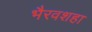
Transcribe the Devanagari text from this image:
भैरवशहा